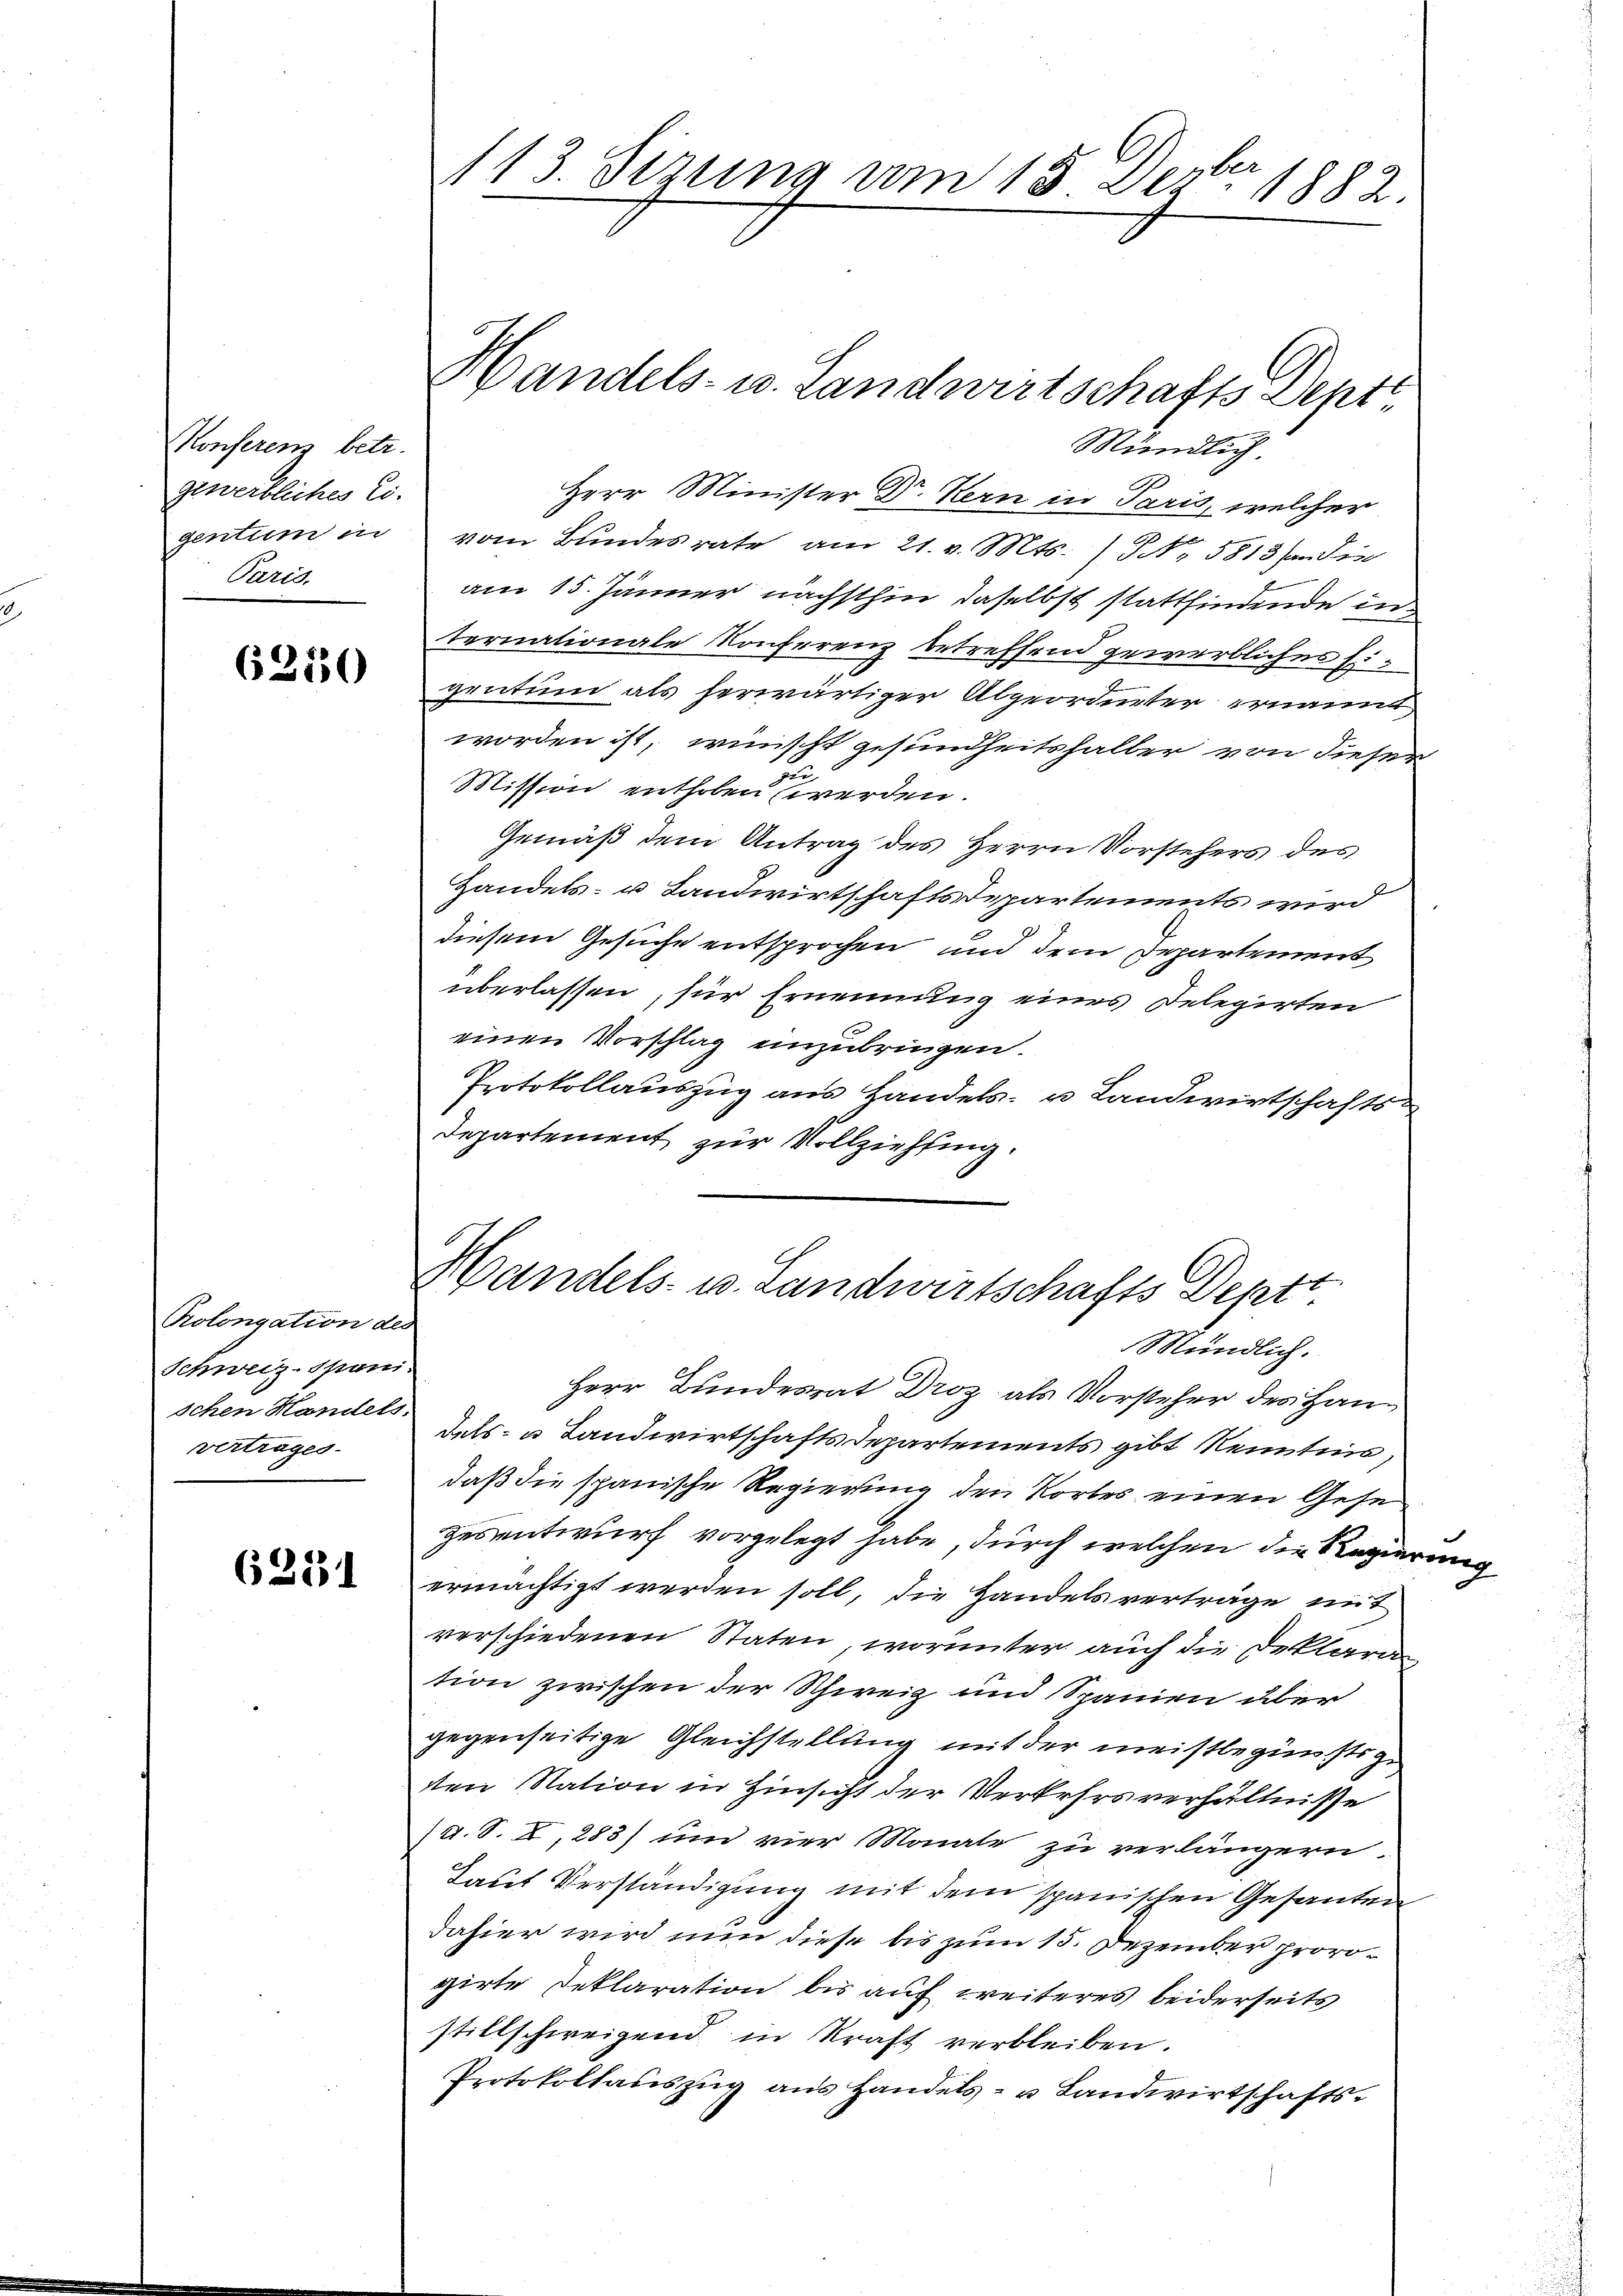
Konferenz betr.
geweibliches Ei
gentum in
Paris.

63550

Prolongation des
Schweiz-Spani-
schen Handels-
vertrages

6251

113. Sizung am 15. Dezbr. 1882.

Handels- u. Landwirtschafts-Dept
Mündlich
Herr Minister Dr. Kern in Paris, welcher
vom Bundesrate am 21. v. Mts. ) NNo. 5813 an die
am 15. Jänner nächsthin daselbst stattfindende in
ternationale Konferenz betreffend gewerbliches Eigentum als herwärtiger Abgeordneter ernannt
worden ist, wünscht gesundheitshalber von dieser
.
Mission enthoben werden.
Gemäß dem Antrag des Herrn Vorstehers des
Handels- u Landwirtschaftsdepartements wird
diesem Gesuche entsprochen und dem Departement
überlassen, für Ernennung eines Delegirten
einen Vorschlag einzubringen.
Protokollauszug aus Handels- u Landwirtschafts-
Departement zur Vollziehung.

Handels- u. Landwirtschafts Deptt.
Mündlich.

Herr Bundesrat Droz als Vorsteher des Handels- u Landwirtschaftsdepartements gibt Renntnis,
daß die spanische Regierung den Kortes einen Gese
zesentwurf vorgelegt habe, durch welchen die Regierung
ermächtigt werden soll, die Handelsverträge mit
verschiedenen Staten, worunter auch die Beklara
tion zwischen der Schweiz und Spanien über
gegenseitige Gleichstellung mit der meistbegünstige
sten Nation in Hinsicht der Verkehrsverhältnisse
(A. S. I, 283) um vier Monate zu verlängern
Laut Verständigung mit dem spanischen Gesanten
dahier wird nun diese bis zum 15. Dezember provogirte Deklaration bis auf weiteres beiderseits
stillschweigend in Kraft verbleiben.
Protokollauszug ans Handels- u Landwirtschafts-